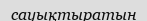
сауықтыратын